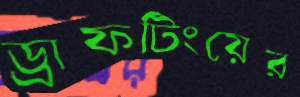
ড্রাফটিংয়ের